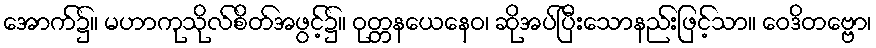
အောက်၌။ မဟာကုသိုလ်စိတ်အဖွင့်၌။ ဝုတ္တနယေနေဝ၊ ဆိုအပ်ပြီးသောနည်းဖြင့်သာ။ ဝေဒိတဗ္ဗော၊